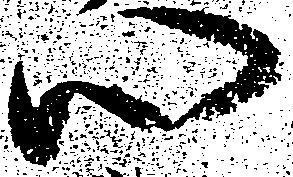
心